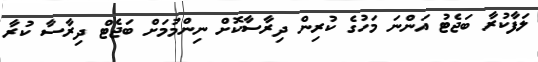
ލަފާކުރާ ބަޖެޓު އަންނަ މަހުގެ ކުރިން ދިރާސާކޮށް ނިންމުމަށް ބަޖެޓް ދިރާސާ ކުރާ